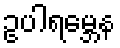
ဥပါရမ္ဘေန